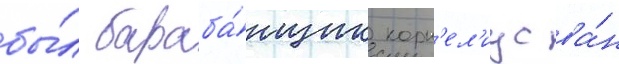
бы́л бараба́нщик корн'ел'иус ва́н